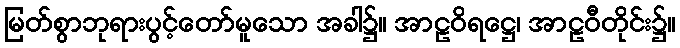
မြတ်စွာဘုရားပွင့်တော်မူသော အခါ၌။ အာဠဝိရဋ္ဌေ၊ အာဠဝီတိုင်း၌။